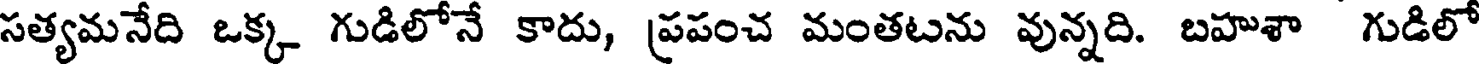
సత్యమనేది ఒక్క గుడిలోనే కాదు, ప్రపంచ మంతటను వున్నది. బహుశా గుడిలో